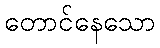
တောင်နေသော